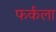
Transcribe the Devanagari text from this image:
फर्कला